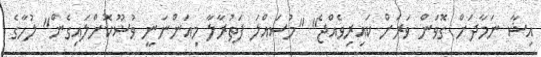
އިޝާ ނަމާދަށް ގޮވަން ވަރަށް ކައިރިވެއްޖެ" "މުސައްލަ ފަތުރާލާ މިއަންނަނީ ވުޟޫކޮށްލައިގެން" ލުހާގެ